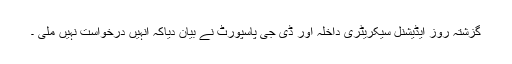
گزشتہ روز ایڈیشنل سیکریٹری داخلہ اور ڈی جی پاسپورٹ نے بیان دیاکہ انہیں درخواست نہیں ملی ۔